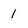
Character: 1